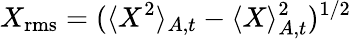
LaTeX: X_{\mathrm{rms}}=(\langle X^{2}\rangle_{A,t}-\langle X\rangle_{A,t}^{2})^{1/2}